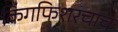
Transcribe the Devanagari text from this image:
किंगफिशरचाच